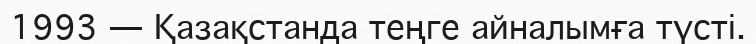
1993 — Қазақстанда теңге айналымға түсті.